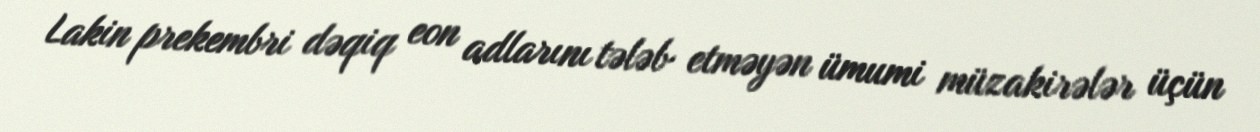
Lakin prekembri dəqiq eon adlarını tələb etməyən ümumi müzakirələr üçün